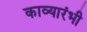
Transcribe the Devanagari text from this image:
काव्यारंभी